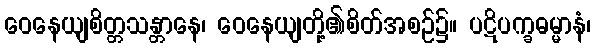
ဝေနေယျစိတ္တသန္တာနေ၊ ဝေနေယျတို့၏စိတ်အစဉ်၌။ ပဋိပက္ခဓမ္မာနံ၊